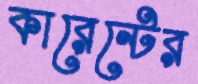
কারেন্টের